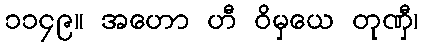
၁၁၄၉။ အဟော ဟီ ဝိမှယေ တုဏှီ၊